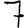
Digit: 7